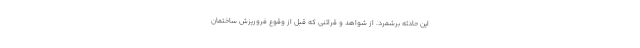
این حادثه برشمرد. از شواهد و قرائنی که قبل از وقوع فروریزش ساختمان